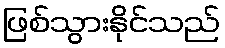
ဖြစ်သွားနိုင်သည်